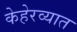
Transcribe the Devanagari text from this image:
केहेरव्यात